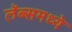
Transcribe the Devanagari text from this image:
लॅब्समध्ये